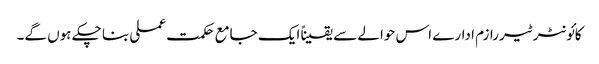
کائونٹر ٹیررازم ادارے اس حوالے سے یقیناً ایک جامع حکمت عملی بنا چکے ہوں گے۔